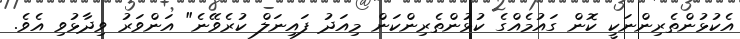
އެކުޅުންތެރިންނަކީ ކޮން ގައުމެއްގެ ކުޅުންތެރިންކަން މިއަދު ފައިނަލް ކުރެވޭނެ" އަންވަރު ވިދާޅުވި އެވެ.